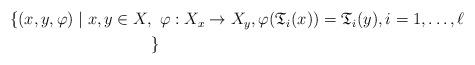
LaTeX: \begin{align*}\aligned\{ (x,y,\varphi) \mid x,y \in X, &\,\,\,\varphi : X_x \to X_y,\varphi(\frak T_i(x)) = \frak T_i(y), i=1,\dots,\ell\,\, \\&\}\endaligned\end{align*}